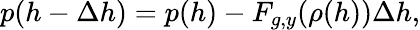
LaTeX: p(h-\Delta h)=p(h)-F_{g,y}(\rho(h))\Delta h,